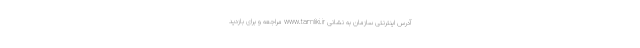
آدرس اینترنتی سازمان به نشانی www.tamliki.ir مراجعه و برای بازدید